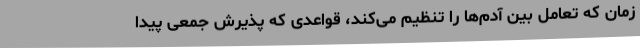
زمان که تعامل بین آدم‌ها را تنظیم می‌کند، قواعدی که پذیرش جمعی پیدا